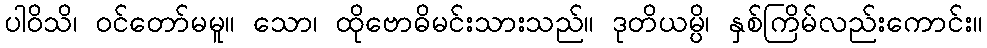
ပါဝိသိ၊ ဝင်တော်မမူ။ သော၊ ထိုဗောဓိမင်းသားသည်။ ဒုတိယမ္ပိ၊ နှစ်ကြိမ်လည်းကောင်း။